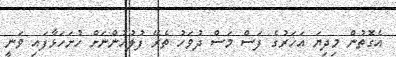
އެގޮތުން މިދިޔަ އަހަރުގެ ފަސް މަސް ދުވަހު ތެރޭ ފުލުހުންނަށް ހުށަހަޅާފައި ވަނީ